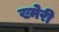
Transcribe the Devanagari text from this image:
ख्मेरी